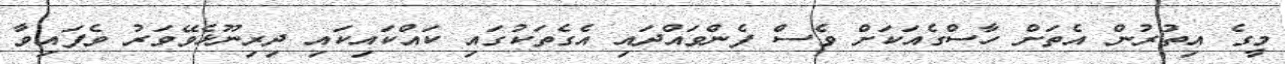
މީގެ އިތުރުން އެތަށް ހާސްގެއަކަށް ވެސް ފެންވައްދައި އެގެތަކުގައި ކައްކައިކައި ދިރިނޫޅެވޭވަރު ވެފައިވާ